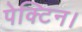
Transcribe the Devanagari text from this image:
पेक्टिन।